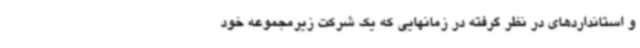
و استانداردهای در نظر گرفته در زمانهایی که یک شرکت زیرمجموعه خود